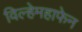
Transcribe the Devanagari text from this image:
विल्हेमहाफेन